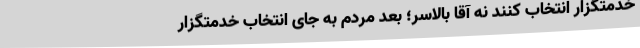
خدمتگزار انتخاب کنند نه آقا بالاسر؛ بعد مردم به جای انتخاب خدمتگزار